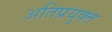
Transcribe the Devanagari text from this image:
अतिप्रयुक्त